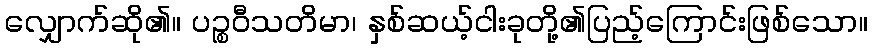
လျှောက်ဆို၏။ ပဉ္စဝီသတိမာ၊ နှစ်ဆယ့်ငါးခုတို့၏ပြည့်ကြောင်းဖြစ်သော။